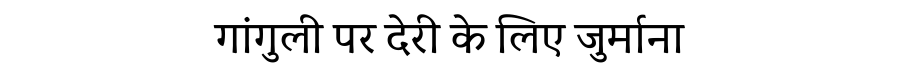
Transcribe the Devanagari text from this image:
गांगुली पर देरी के लिए जुर्माना